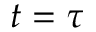
t = \tau